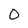
Character: 0